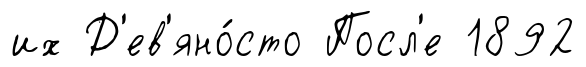
их Д'ев'яно́сто Посл'е 1892